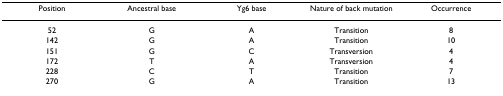
<table><thead><tr><td><b>Position</b></td><td><b>Ancestral base</b></td><td><b>Yg6 base</b></td><td><b>Nature of back mutation</b></td><td><b>Occurrence</b></td></tr></thead><tbody><tr><td>52</td><td>G</td><td>A</td><td>Transition</td><td>8</td></tr><tr><td>142</td><td>G</td><td>A</td><td>Transition</td><td>10</td></tr><tr><td>151</td><td>G</td><td>C</td><td>Transversion</td><td>4</td></tr><tr><td>172</td><td>T</td><td>A</td><td>Transversion</td><td>4</td></tr><tr><td>228</td><td>C</td><td>T</td><td>Transition</td><td>7</td></tr><tr><td>270</td><td>G</td><td>A</td><td>Transition</td><td>13</td></tr></tbody></table>